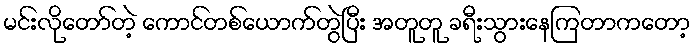
မင်းလိုတော်တဲ့ ကောင်တစ်ယောက်တွဲပြီး အတူတူ ခရီးသွားနေကြတာကတော့